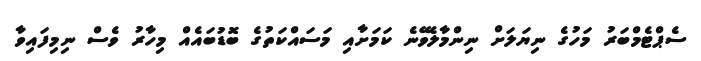
ސެޕްޓެމްބަރު މަހުގެ ނިޔަލަށް ނިންމާލެވޭނެ ކަމަށާއި މަސައްކަތުގެ ބޮޑުބައެއް މިހާރު ވެސް ނިމިފައިވާ